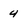
Character: 4